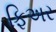
ફિઅર